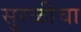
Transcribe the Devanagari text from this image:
सुरळीचा